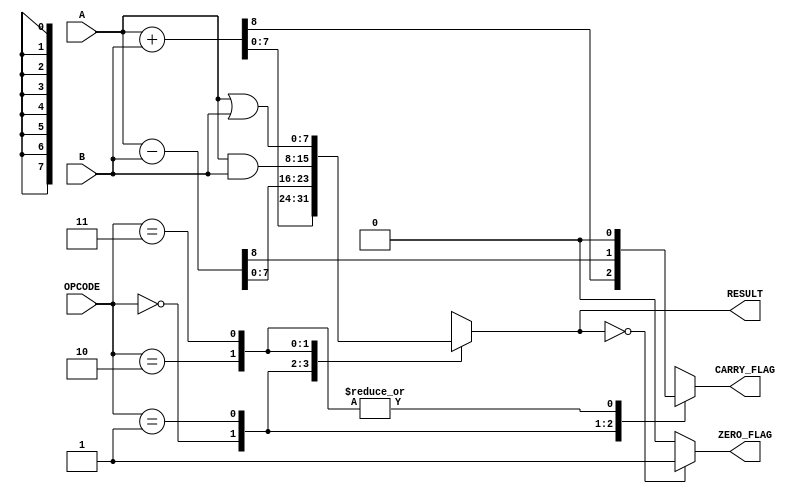
module parameterized_alu #(
    parameter DATA_WIDTH = 8,          // Bit-width of input and output data
    parameter OPERATION_COUNT = 4       // Number of operations supported
)(
    input  [DATA_WIDTH-1:0] A,         // First operand
    input  [DATA_WIDTH-1:0] B,         // Second operand
    input  [$clog2(OPERATION_COUNT)-1:0] OPCODE, // Operation code
    output reg [DATA_WIDTH-1:0] RESULT, // Result of the operation
    output reg ZERO_FLAG,               // Zero flag
    output reg CARRY_FLAG               // Carry flag
);

    // Define operation codes
    localparam ADD      = 3'b000;
    localparam SUB      = 3'b001;
    localparam AND      = 3'b010;
    localparam OR       = 3'b011;
    localparam NOT      = 3'b100;
    localparam XOR      = 3'b101;
    localparam SHL      = 3'b110; // Shift Left
    localparam SHR      = 3'b111; // Shift Right

    always @(*) begin
        // Default values
        RESULT = 0;
        ZERO_FLAG = 0;
        CARRY_FLAG = 0;

        case (OPCODE)
            ADD: begin
                {CARRY_FLAG, RESULT} = A + B; // Capture carry for addition
            end
            SUB: begin
                {CARRY_FLAG, RESULT} = A - B; // Capture carry for subtraction
            end
            AND: begin
                RESULT = A & B;
            end
            OR: begin
                RESULT = A | B;
            end
            NOT: begin
                RESULT = ~A; // Assuming NOT operation on A
            end
            XOR: begin
                RESULT = A ^ B;
            end
            SHL: begin
                RESULT = A << 1; // Shift left by 1
            end
            SHR: begin
                RESULT = A >> 1; // Shift right by 1
            end
            default: begin
                RESULT = 0; // Default case
            end
        endcase

        // Update ZERO_FLAG
        if (RESULT == 0) begin
            ZERO_FLAG = 1;
        end else begin
            ZERO_FLAG = 0;
        end
    end

endmodule